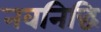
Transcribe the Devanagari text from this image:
नवनिद्धि